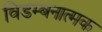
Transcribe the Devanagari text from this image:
विडम्बनात्मक